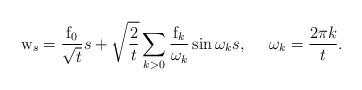
LaTeX: \begin{align*}{\mathrm w}_s ={ {\mathrm f}_0\over \sqrt{t} } s + \sqrt{2 \over t} \sum_{k >0} { {\mathrm f}_k\over \omega_k} \sin{ \omega_ks}, ~~~~\omega_k = {2\pi k \over t}. \end{align*}